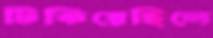
টিকিয়েছিলে